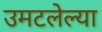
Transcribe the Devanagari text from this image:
उमटलेल्या